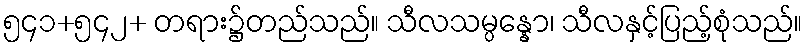
၅၄၁+၅၄၂+ တရား၌တည်သည်။ သီလသမ္ပန္နော၊ သီလနှင့်ပြည့်စုံသည်။